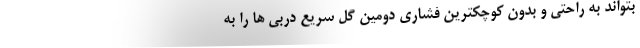
بتواند به راحتی و بدون کوچکترین فشاری دومین گل سریع دربی ها را به